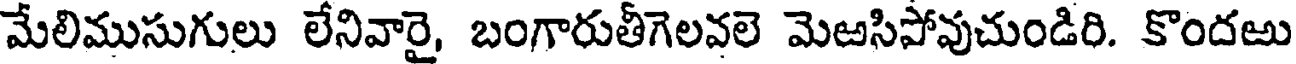
మేలిముసుగులు లేనివారై, బంగారుతీగెలవలె మెఱసిపోవుచుండిరి. కొందఱు